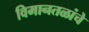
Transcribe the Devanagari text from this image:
विमानतळांचे